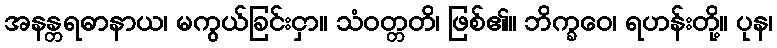
အနန္တရဓာနာယ၊ မကွယ်ခြင်းငှာ။ သံဝတ္တတိ၊ ဖြစ်၏။ ဘိက္ခဝေ၊ ရဟန်းတို့။ ပုန၊